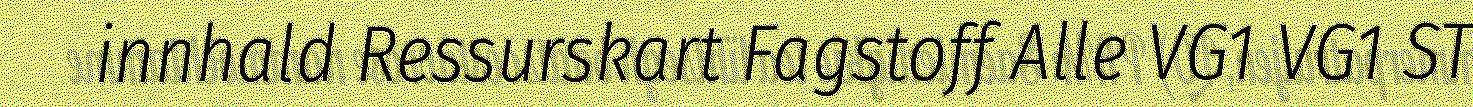
innhald Ressurskart Fagstoff Alle VG1 VG1 ST